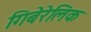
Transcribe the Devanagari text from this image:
गिबेरेलिक